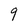
Character: 9